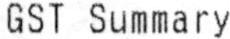
GST SUMMARY